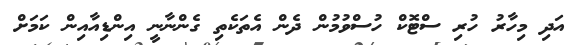
އަދި މިހާރު ހުރި ސްޓޮކް ހުސްވުމުން ދެން އެތަކެތި ގެންނާނީ އިންޑިއާއިން ކަމަށް